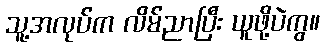
သူ့အလုပ်က လိမ်ညာပြီး ယူဖို့ပဲကွ။